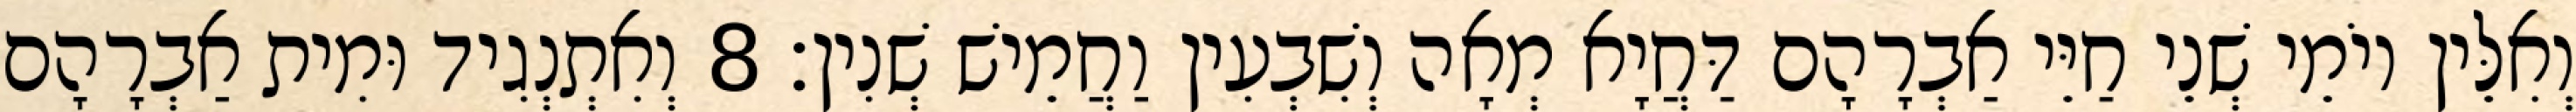
וְאִלֵּין יוֹמֵי שְׁנֵי חַיֵּי אַבְרָהָם דַּחֲיָא מְאָה וְשִׁבְעִין וַחֲמֵישׁ שְׁנִין׃ 8 וְאִתְנְגִיד וּמִית אַבְרָהָם